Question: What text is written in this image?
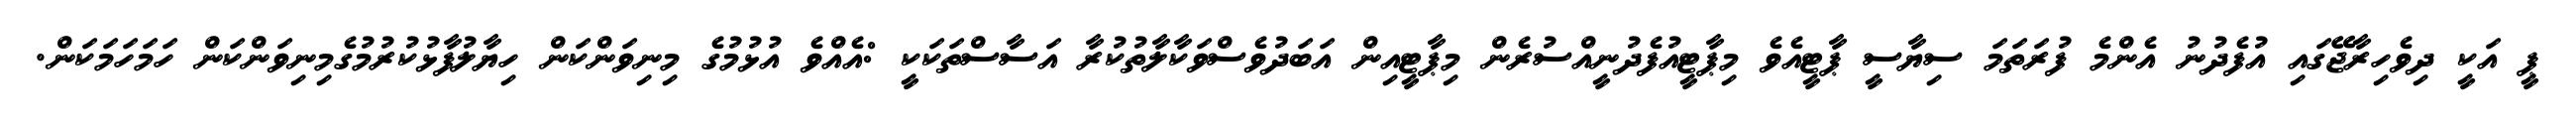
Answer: ޕީ އަކީ ދިވެހިރާޖޭގައި އުފެދުނު އެންމެ ފުރަތަމަ ސިޔާސީ ޕާޓީއެވެ މިޕާޓީއުފެދުނީއްސުރެން މިޕާޓީއިން އަބަދުވެސްވަކާލާތުކުރާ އަސާސްތަކަކީ :އެއްވެ އުޅުމުގެ މިނިވަންކަން ހިޔާލުފާޅުކުރުމުގެމިނިވަންކަން ހަމަހަމަކަން.